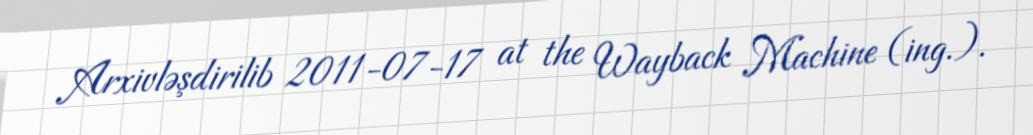
Arxivləşdirilib 2011-07-17 at the Wayback Machine (ing.).